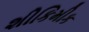
શીકિમીક